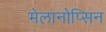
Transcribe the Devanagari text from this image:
मेलानोप्सिन